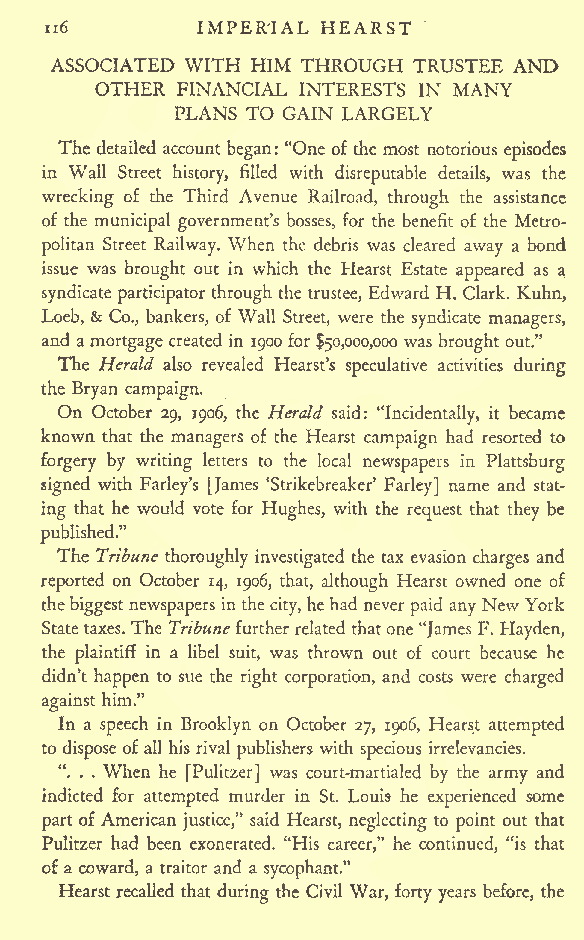
n6        IMPERIAL HEARST
 ASSOCIATED WITH HIM THROUGH TRUSTEE AND
 OTHER FINANCIAL INTERESTS IN MANY
 PLANS TO GAIN LARGELY
 The detailed account began: "One of the most notorious episodes
 in Wall Street history, filled with disreputable details, was the
 wrecking of the Third Avenue Railroad, through the assistance
 of the municipal government's bosses, for the benefit of the Metro-
 politan Street Railway. When the debris was cleared away a bond
 issue was brought out in which the Hearst Estate appeared as a
 syndicate participatorthrough the trustee, Edward H. Clark. Kuhn,
 Loeb, & Co., bankers, of Wall Street, were the syndicate managers,
 and a mortgage created in 1900 for $50,000,000 was brought out."
 The Herald also revealed Hearst's speculative activities during
 the Bryan campaign.
 On October 29, 1906, the Herald said: "Incidentally, it became
 known that the managers of the Hearst campaign had resorted to
 forgery by writing letters to the local newspapers in Plattsburg
 signed with Farley's [James 'Strikebreaker' Farley] name and stat-
 ing that he would vote for Hughes, with the request that they be
 published."
 The Tribune thoroughly investigated the tax evasion charges and
 reported on October 14, 1906, that, although Hearst owned one of
 thebiggestnewspapersinthe city, he had never paid anyNew York
 Statetaxes. The Tribunefurther related thatone"James F. Hayden,
 the plaintiff in a libel suit, was thrown out of court because he
 didn't happen to sue the right corporation, and costs were charged
 him."
 against
 In a speech in Brooklyn on October 27, 1906, Hearst attempted
 to dispose of all his rival publishers with specious irrelevancies.
 ". . . When he [Pulitzer] was court-martialed by the army and
 indicted for attempted murder in St. Louis he experienced some
 part of American justice," said Hearst, neglecting to point out that
 Pulitzer had been exonerated. "His career," he continued, "is that
 of a coward, a traitor and a sycophant."
 Hearst recalled that during the Civil War, forty years before, the